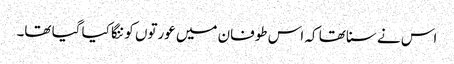
اس نے سنا تھا کہ اس طوفان میں عورتوں کو ننگا کیا گیا تھا۔